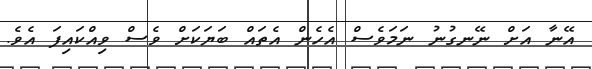
އޭނާ އަށް ނޭނގުނު ނަމަވެސް އެހެން އެތައް ބަޔަކަށް ވެސް ވިއްކައިފަ އެވެ.